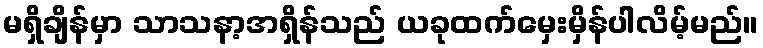
မရှိချိန်မှာ သာသနာ့အရှိန်သည် ယခုထက်မှေးမှိန်ပါလိမ့်မည်။